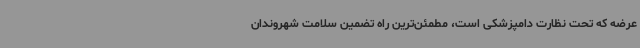
عرضه که تحت نظارت دامپزشکی است، مطمئن‌ترین راه تضمین سلامت شهروندان